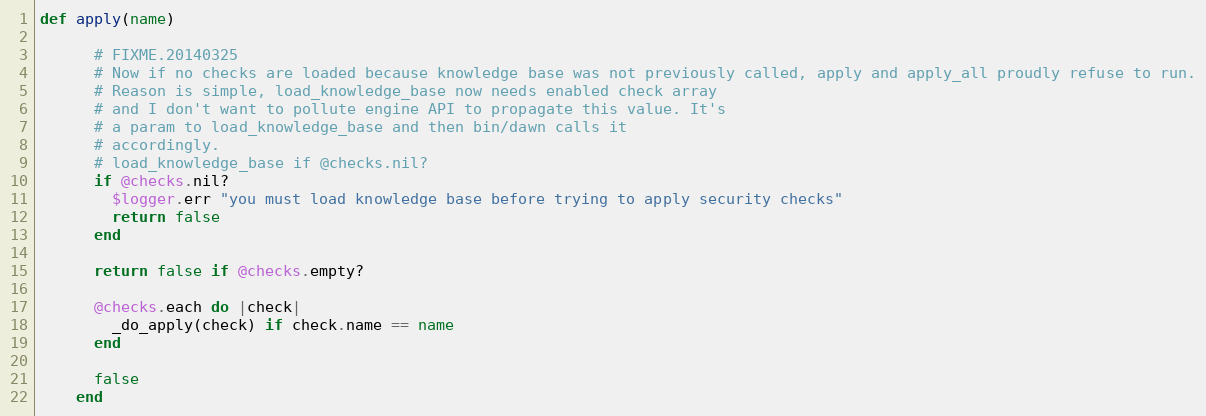
Language: Ruby
def apply(name)

      # FIXME.20140325
      # Now if no checks are loaded because knowledge base was not previously called, apply and apply_all proudly refuse to run.
      # Reason is simple, load_knowledge_base now needs enabled check array
      # and I don't want to pollute engine API to propagate this value. It's
      # a param to load_knowledge_base and then bin/dawn calls it
      # accordingly.
      # load_knowledge_base if @checks.nil?
      if @checks.nil?
        $logger.err "you must load knowledge base before trying to apply security checks"
        return false
      end

      return false if @checks.empty?

      @checks.each do |check|
        _do_apply(check) if check.name == name
      end

      false
    end